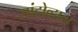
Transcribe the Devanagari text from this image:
सांदोव्हाल